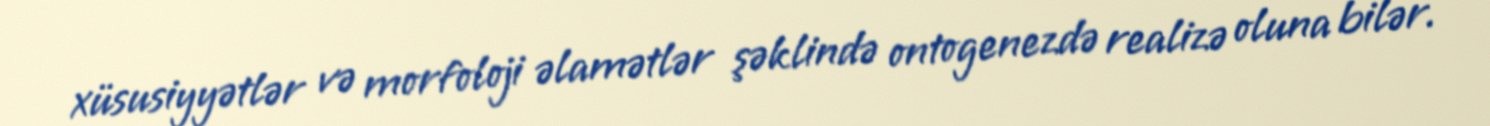
xüsusiyyətlər və morfoloji əlamətlər şəklində ontogenezdə realizə oluna bilər.